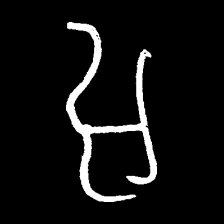
Pyu character \u2014 Myanmar letter: အ (romanized: a)